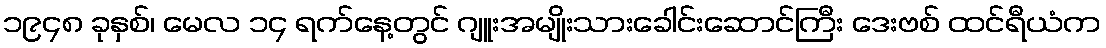
၁၉၄၈ ခုနှစ်၊ မေလ ၁၄ ရက်နေ့တွင် ဂျူးအမျိုးသားခေါင်းဆောင်ကြီး ဒေးဗစ် ထင်ရီယံက